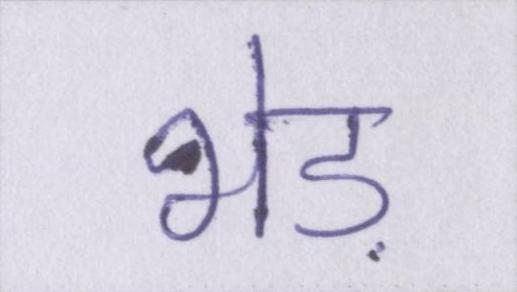
भेड़